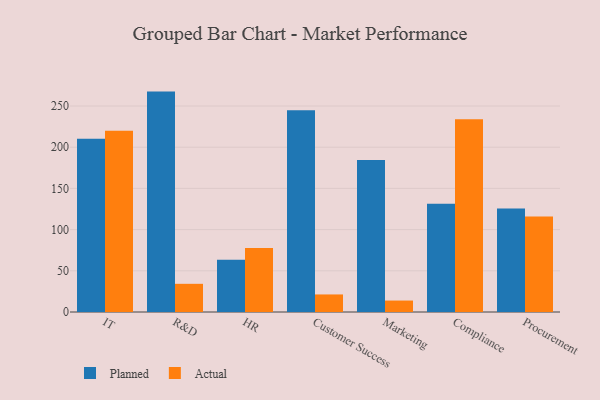
{"axis": {"x": "Department", "y": "Production Output"}, "legend": ["Actual", "Planned"], "data": [{"x": "IT", "y": 210.2, "type": "Planned"}, {"x": "IT", "y": 219.9, "type": "Actual"}, {"x": "R&D", "y": 267.5, "type": "Planned"}, {"x": "R&D", "y": 34.2, "type": "Actual"}, {"x": "HR", "y": 63.4, "type": "Planned"}, {"x": "HR", "y": 77.8, "type": "Actual"}, {"x": "Customer Success", "y": 244.8, "type": "Planned"}, {"x": "Customer Success", "y": 21.3, "type": "Actual"}, {"x": "Marketing", "y": 184.4, "type": "Planned"}, {"x": "Marketing", "y": 13.9, "type": "Actual"}, {"x": "Compliance", "y": 131.5, "type": "Planned"}, {"x": "Compliance", "y": 234.0, "type": "Actual"}, {"x": "Procurement", "y": 125.7, "type": "Planned"}, {"x": "Procurement", "y": 116.0, "type": "Actual"}]}